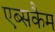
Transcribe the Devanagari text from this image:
एब्सकैम